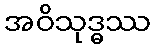
အဝိသုဒ္ဓဿ